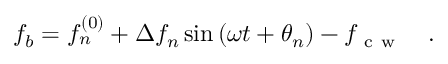
f _ { b } = f _ { n } ^ { ( 0 ) } + \Delta f _ { n } \sin { ( \omega t + \theta _ { n } ) } - f _ { \mathrm { ~ c ~ w ~ } } \quad .